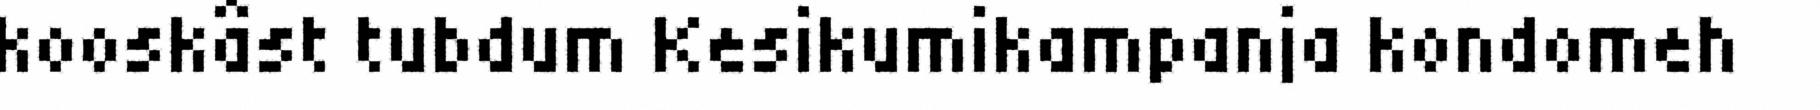
kooskâst tubdum Kesikumikampanja kondomeh